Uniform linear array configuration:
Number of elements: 64
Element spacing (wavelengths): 0.25
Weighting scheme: hamming
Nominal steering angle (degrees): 15
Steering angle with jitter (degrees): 16.986
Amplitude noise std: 0.05
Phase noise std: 0.05

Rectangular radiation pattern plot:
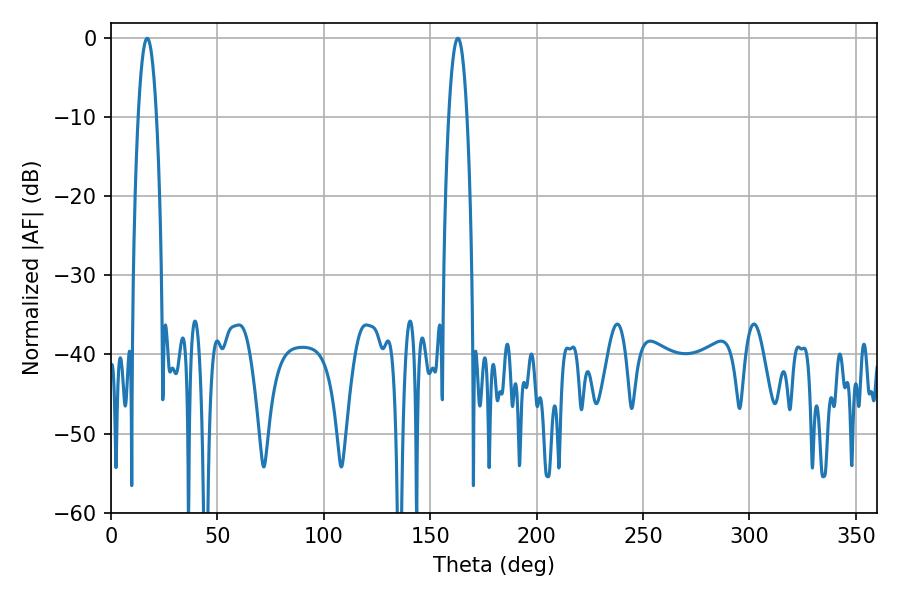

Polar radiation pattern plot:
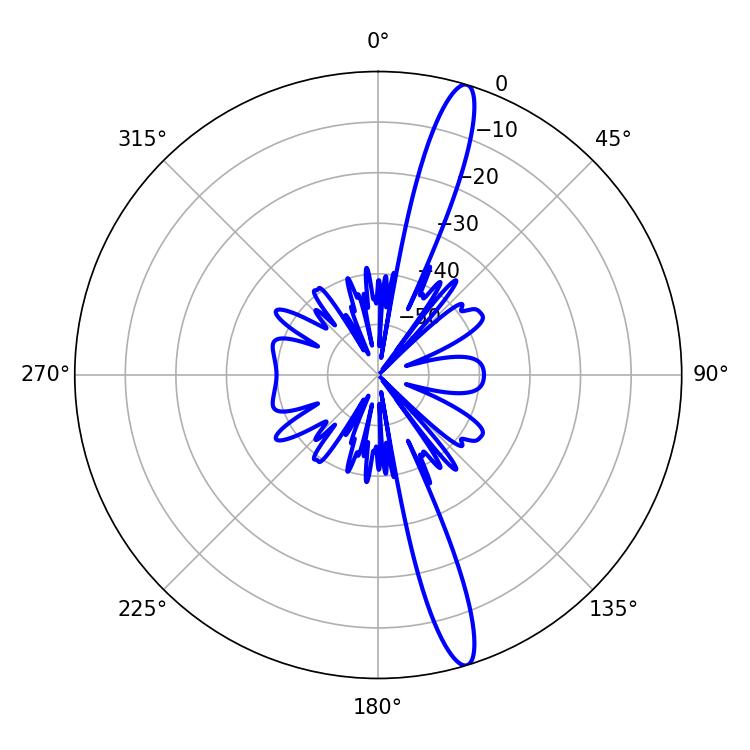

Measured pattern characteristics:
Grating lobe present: FALSE
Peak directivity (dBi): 15.81
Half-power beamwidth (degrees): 4.86
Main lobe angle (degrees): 16.92